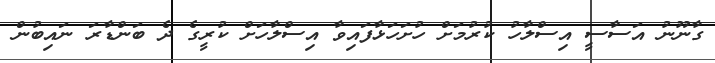
ގާނޫނު އަސާސީ އިސްލާހު ކުރުމަށް ހުށަހަޅާފައިވާ އިސްލާހަށް ކުރީގެ ދެ ބަންޑާރަ ނައިބުން